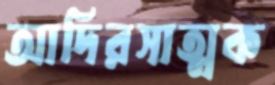
আদিরসাত্মক